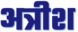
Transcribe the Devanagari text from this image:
अत्रीश